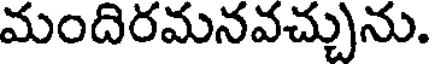
మందిరమనవచ్చును.